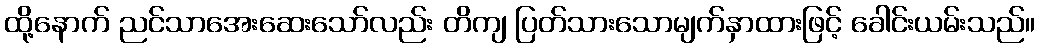
ထို့နောက် ညင်သာအေးဆေးသော်လည်း တိကျ ပြတ်သားသောမျက်နှာထားဖြင့် ခေါင်းယမ်းသည်။